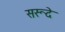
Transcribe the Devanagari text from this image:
सरूदे